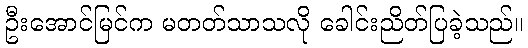
ဦးအောင်မြင်က မတတ်သာသလို ခေါင်းညိတ်ပြခဲ့သည်။